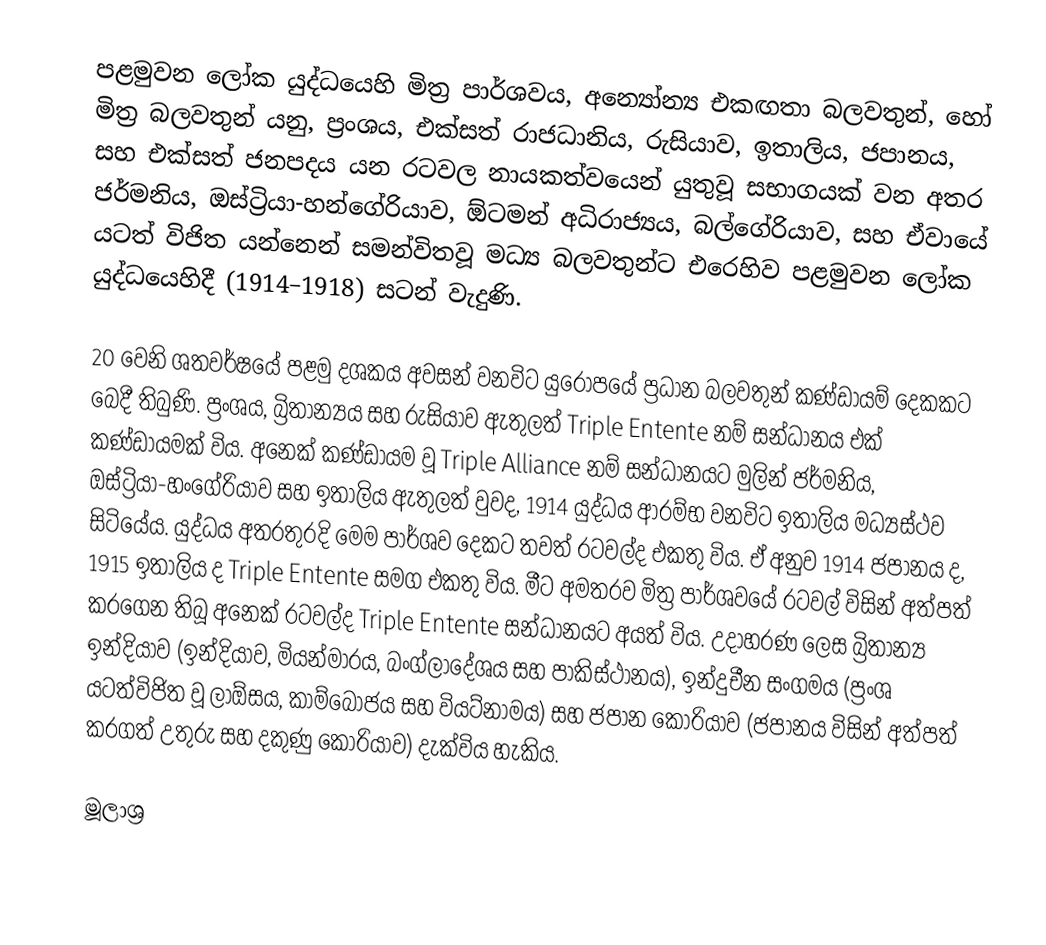
පළමුවන ලෝක යුද්ධයෙහි මිත්‍ර පාර්ශවය,  අන්‍යෝන්‍ය එකඟතා බලවතුන්, හෝ මිත්‍ර බලවතුන් යනු,  ප්‍රංශය, එක්සත් රාජධානිය, රුසියාව, ඉතාලිය, ජපානය, සහ එක්සත් ජනපදය යන රටවල නායකත්වයෙන් යුතුවූ සභාගයක් වන අතර ජර්මනිය, ඔස්ට්‍රියා-හන්ගේරියාව, ඕටමන් අධිරාජ්‍යය, බල්ගේරියාව, සහ ඒවායේ යටත් විජිත යන්නෙන් සමන්විතවූ මධ්‍ය බලවතුන්ට එරෙහිව පළමුවන ලෝක යුද්ධයෙහිදී (1914–1918) සටන් වැදුණි.

20 වෙනි ශතවර්ෂයේ පළමු දශකය අවසන් වනවිට යුරෝපයේ ප්‍රධාන බලවතුන් කණ්ඩායම් දෙකකට බෙදී තිබුණි. ප්‍රංශය, බ්‍රිතාන්‍යය සහ රුසියාව ඇතුලත් Triple Entente නම් සන්ධානය එක් කණ්ඩායමක් විය. අනෙක් කණ්ඩායම වූ Triple Alliance නම් සන්ධානයට මුලින් ජර්මනිය, ඔස්ට්‍රියා-හංගේරියාව සහ ඉතාලිය ඇතුලත් වුවද, 1914 යුද්ධය ආරම්භ වනවිට ඉතාලිය මධ්‍යස්ථව සිටියේය. යුද්ධය අතරතුරදි මෙම පාර්ශව දෙකට තවත් රටවල්ද එකතු විය. ඒ අනුව 1914 ජපානය ද, 1915 ඉතාලිය ද Triple Entente සමග එකතු විය. මීට අමතරව මිත්‍ර පාර්ශවයේ රටවල් විසින් අත්පත් කරගෙන තිබූ අනෙක් රටවල්ද Triple Entente සන්ධානයට අයත් විය. උදාහරණ ලෙස බ්‍රිතාන්‍ය ඉන්දියාව (ඉන්දියාව, මියන්මාරය, බංග්ලාදේශය සහ පාකිස්ථානය), ඉන්දුචීන සංගමය (ප්‍රංශ යටත්විජිත වූ ලාඕසය, කාම්බෝජය සහ වියට්නාමය) සහ ජපාන කොරියාව (ජපානය විසින් අත්පත් කරගත් උතුරු සහ දකුණු කොරියාව) දැක්විය හැකිය.

මූලාශ්‍ර